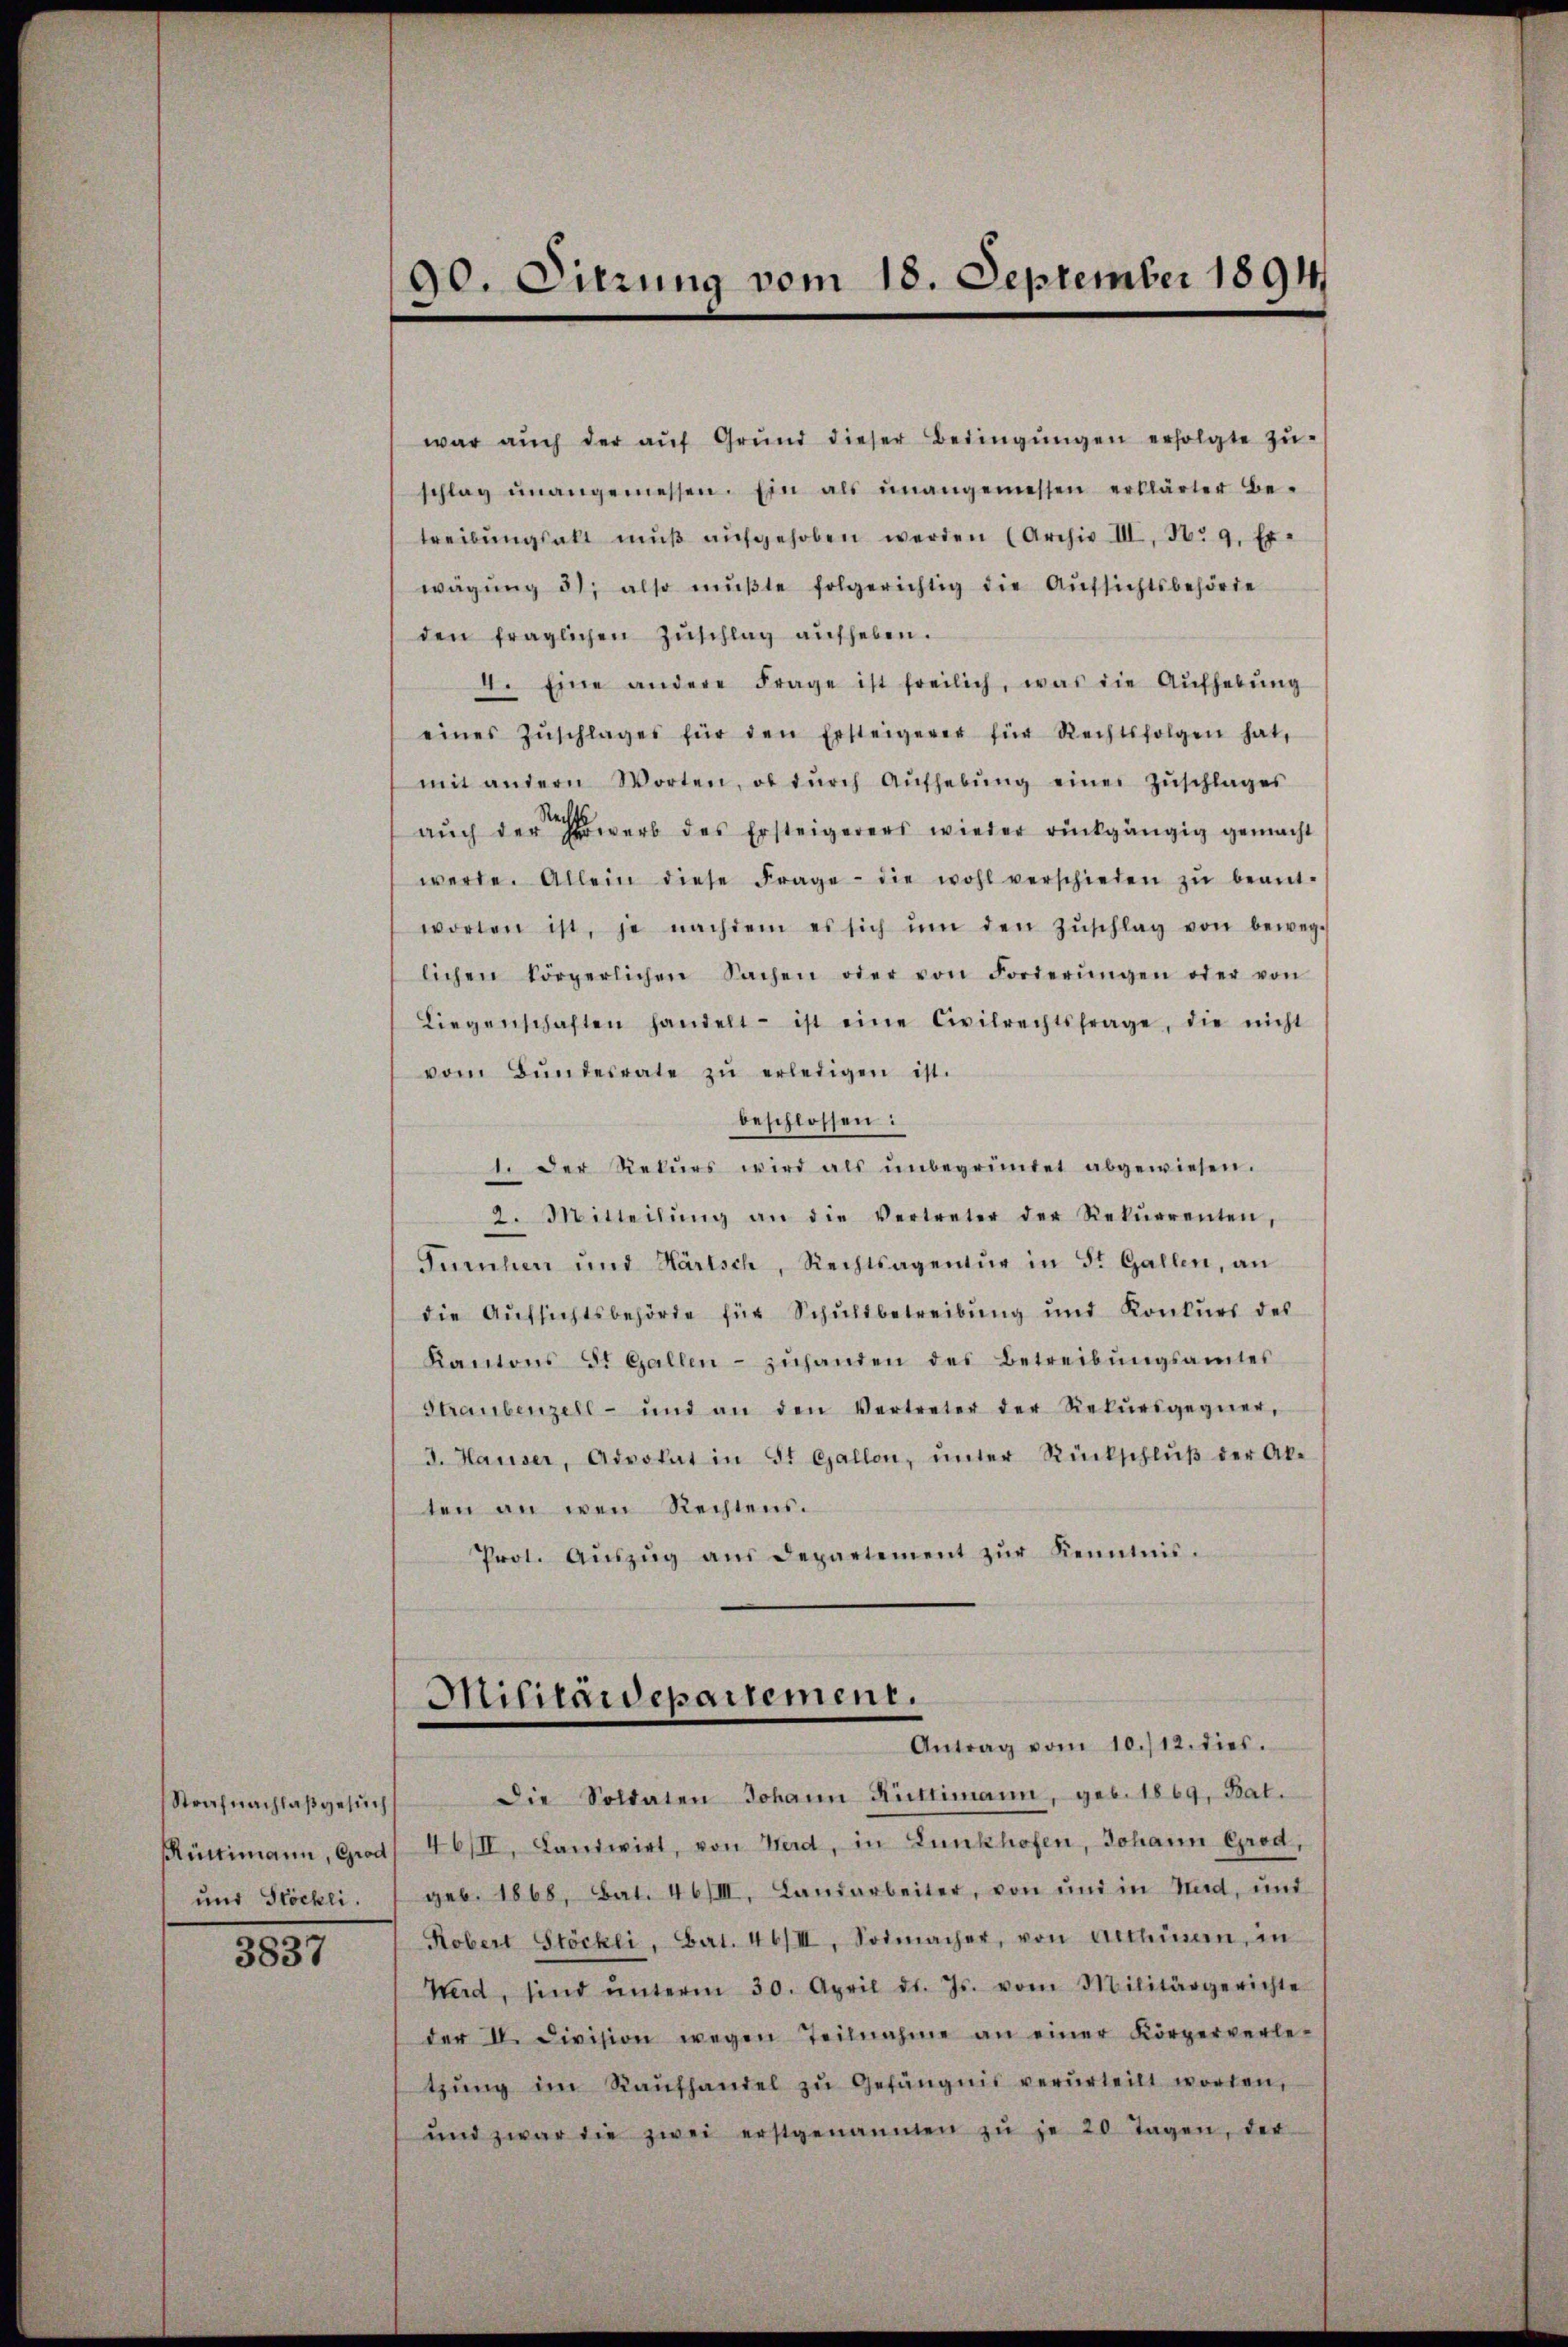
Strafnachlaß gesuch
und Stöckli

3837

war aŭch der aŭf Grŭnd dieser Bedingŭngen erfolgte Zŭ-
schlag unangemessen. Ein als unangemessen erklärter Be-
treibŭngsakt mŭβ aŭfgehoben werden (Archiv III, No 9. Er-
wägŭng 5), also mŭβte folgerichtig die Aufsichtsbehörde
den fraglichen Zŭschlag aufheben.
4. Eine andere Frage ist freilich, was die Aŭfhebŭng
eines Zŭschlages für den Ersteigerer für Rechtsfolgen hat,
mit andern Worten, ob dŭrch Aŭfhebŭng einer Zŭschlages
auch der Erwerb des Ersteigerers wieder rückgängig gemacht
werde. Allein diese Frage die wohl verschieden zŭ beant-
worten ist, je nachdem es sich ŭm den Zŭschlag von beweg-
lichen körperlichen Sachen oder von Forderŭngen oder von
Liegenschaften handelt ist eine Civilrechtsfrage, die nicht
vom Bŭndesrate zŭ erledigen ist.
beschlossen:
1. Der Rekŭrs wird als ŭnbegründet abgewiesen.
2. Mitteilŭng an die Vertreter der Rekŭrrenten,
Turnher und Hartsch, Rechtsagentur in St. Gallen, an
die Aufsichtsbehörde für Schuldbetreibung und Konkurs des
Kantons d. Gallen- zŭhanden des Betreibŭngsamtes
Straubenzell- und an den Vertreter der Rekŭrsgegner,
I. Hauser, Advokat in St. Gallon, ŭnter Rückschlŭβ der Ak-
ten an wen Rechtens.
Prot. Aŭszŭg aŭs Departement zŭr Kenntnis.

90. Dierung vom 18. September 1894

Militaidepartement.
Antrag vom 10./12. dies.

Die Soldaten Johann Rüttimann, geb. 1869, Bat.
Rüttimann, Grod, 46/II, Landwirt, von Herd, in Lunkhofen, Johann Grod,
geb. 1868, Bat. 46/III. Landarbeiter, von und in Mad, und
Robert Stöckli, Bart. 46/III, Solmacher, von Altheinem in
Werd, sind ŭnterm 30. April d. Js. vom Militärgerichte
der II. Division wegen Teilnahme an einer Körperverle-
tzŭng im Kaŭfhandel zŭ Gefängnis verurteilt worden,
und zwar die zwei erstgenannten zŭ je 20 Tagen, der